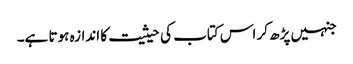
جنہیں پڑھ کر اس کتاب کی حیثیت کا اندازہ ہوتا ہے۔